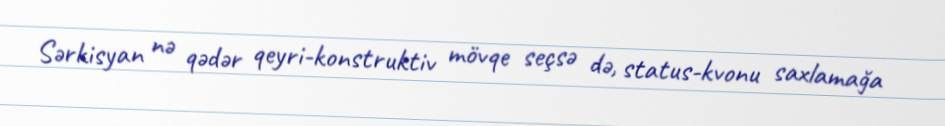
Sərkisyan nə qədər qeyri-konstruktiv mövqe seçsə də, status-kvonu saxlamağa